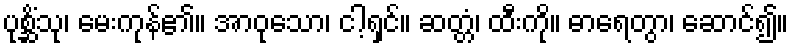
ပုစ္ဆိံသု၊ မေးကုန်၏။ အာဝုသော၊ ငါ့ရှင်။ ဆတ္တံ၊ ထီးကို။ ဓာရေတွာ၊ ဆောင်၍။